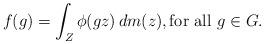
LaTeX: \begin{align*}f(g) = \int_Z \phi(gz) \, dm(z), \textrm{for all $g \in G$}.\end{align*}